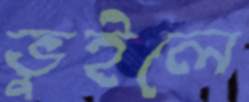
ভুইলে